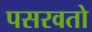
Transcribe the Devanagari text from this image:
पसरवतो